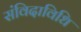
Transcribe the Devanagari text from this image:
संविदाविधि